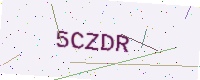
Text: 5CZDR